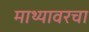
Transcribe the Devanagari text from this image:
माथ्यावरचा